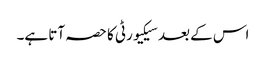
اس کے بعد سیکیورٹی کا حصہ آتا ہے۔